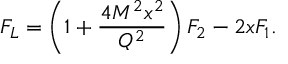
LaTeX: F _ { L } = \left( 1 + \frac { 4 M ^ { 2 } x ^ { 2 } } { Q ^ { 2 } } \right) F _ { 2 } - 2 x F _ { 1 } .